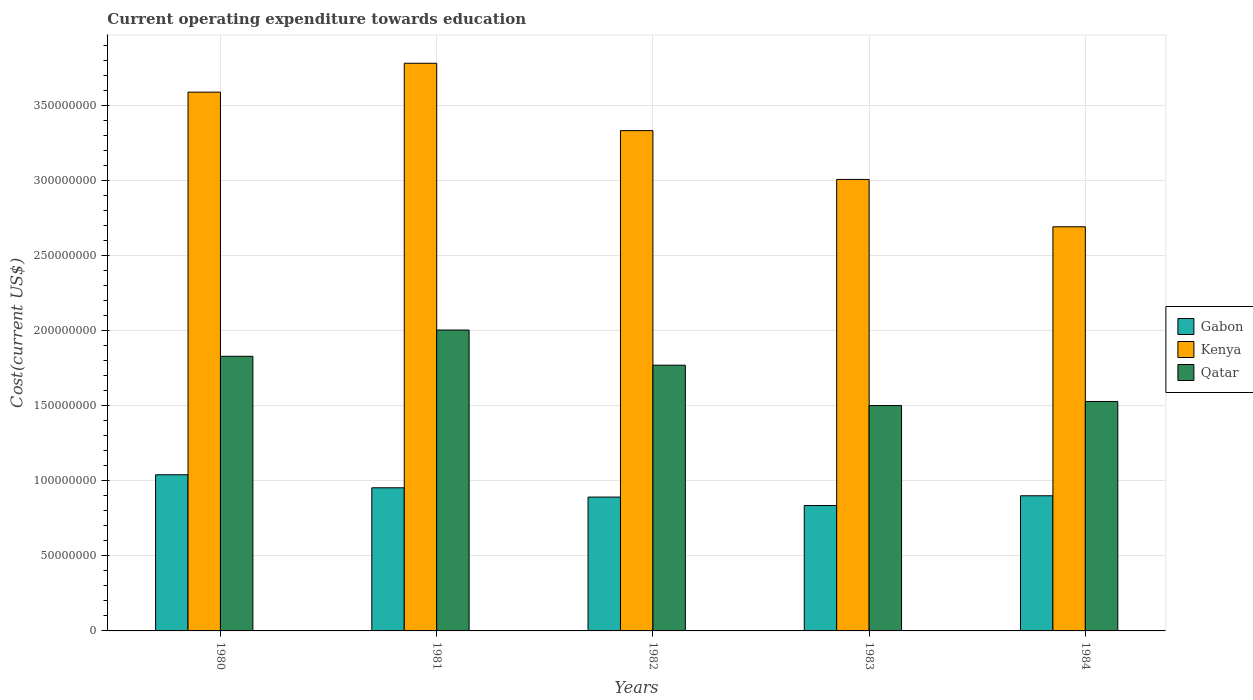
| Years | Gabon | Kenya | Qatar |
 | --- | --- | --- | --- |
 | 1980 | 1.04e+08 | 3.59e+08 | 1.83e+08 |
 | 1981 | 9.54e+07 | 3.78e+08 | 2.01e+08 |
 | 1982 | 8.92e+07 | 3.34e+08 | 1.77e+08 |
 | 1983 | 8.36e+07 | 3.01e+08 | 1.5e+08 |
 | 1984 | 9.01e+07 | 2.69e+08 | 1.53e+08 |